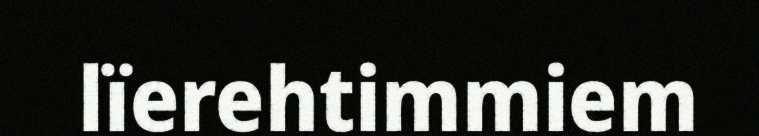
lïerehtimmiem